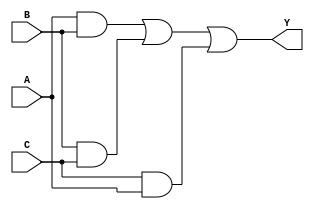
//to verify the Boolean Expression, Y = AB + BC + CA using Dataflow Modelling

module exp_df(Y, A, B, C);
input A, B, C; output Y;
assign Y = ((A&B) | (B&C) | (C&A));
endmodule